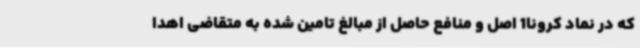
که در نماد کرونا1 اصل و منافع حاصل از مبالغ تامین شده به متقاضی اهدا